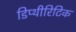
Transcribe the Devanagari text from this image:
डिप्थीरिटिक